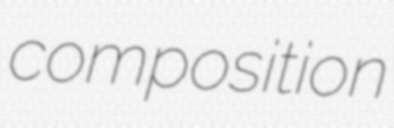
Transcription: composition